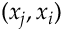
( x _ { j } , x _ { i } )